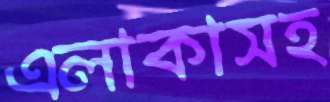
এলাকাসহ